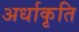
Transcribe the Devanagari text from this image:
अर्धाकृति